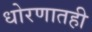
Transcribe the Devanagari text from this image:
धोरणातही